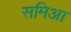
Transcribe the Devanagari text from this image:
समिआ